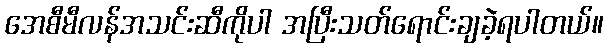
အေစီမီလန်အသင်းဆီကိုပါ အပြီးသတ်ရောင်းချခဲ့ရပါတယ်။